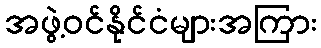
အဖွဲ့ဝင်နိုင်ငံများအကြား